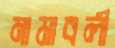
নামাবলী